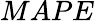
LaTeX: MAPE